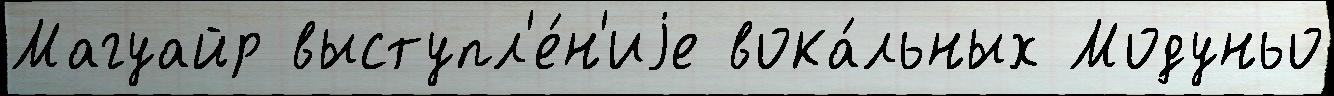
Магуайр выступл'е́н'иjе вока́льных Модуньо